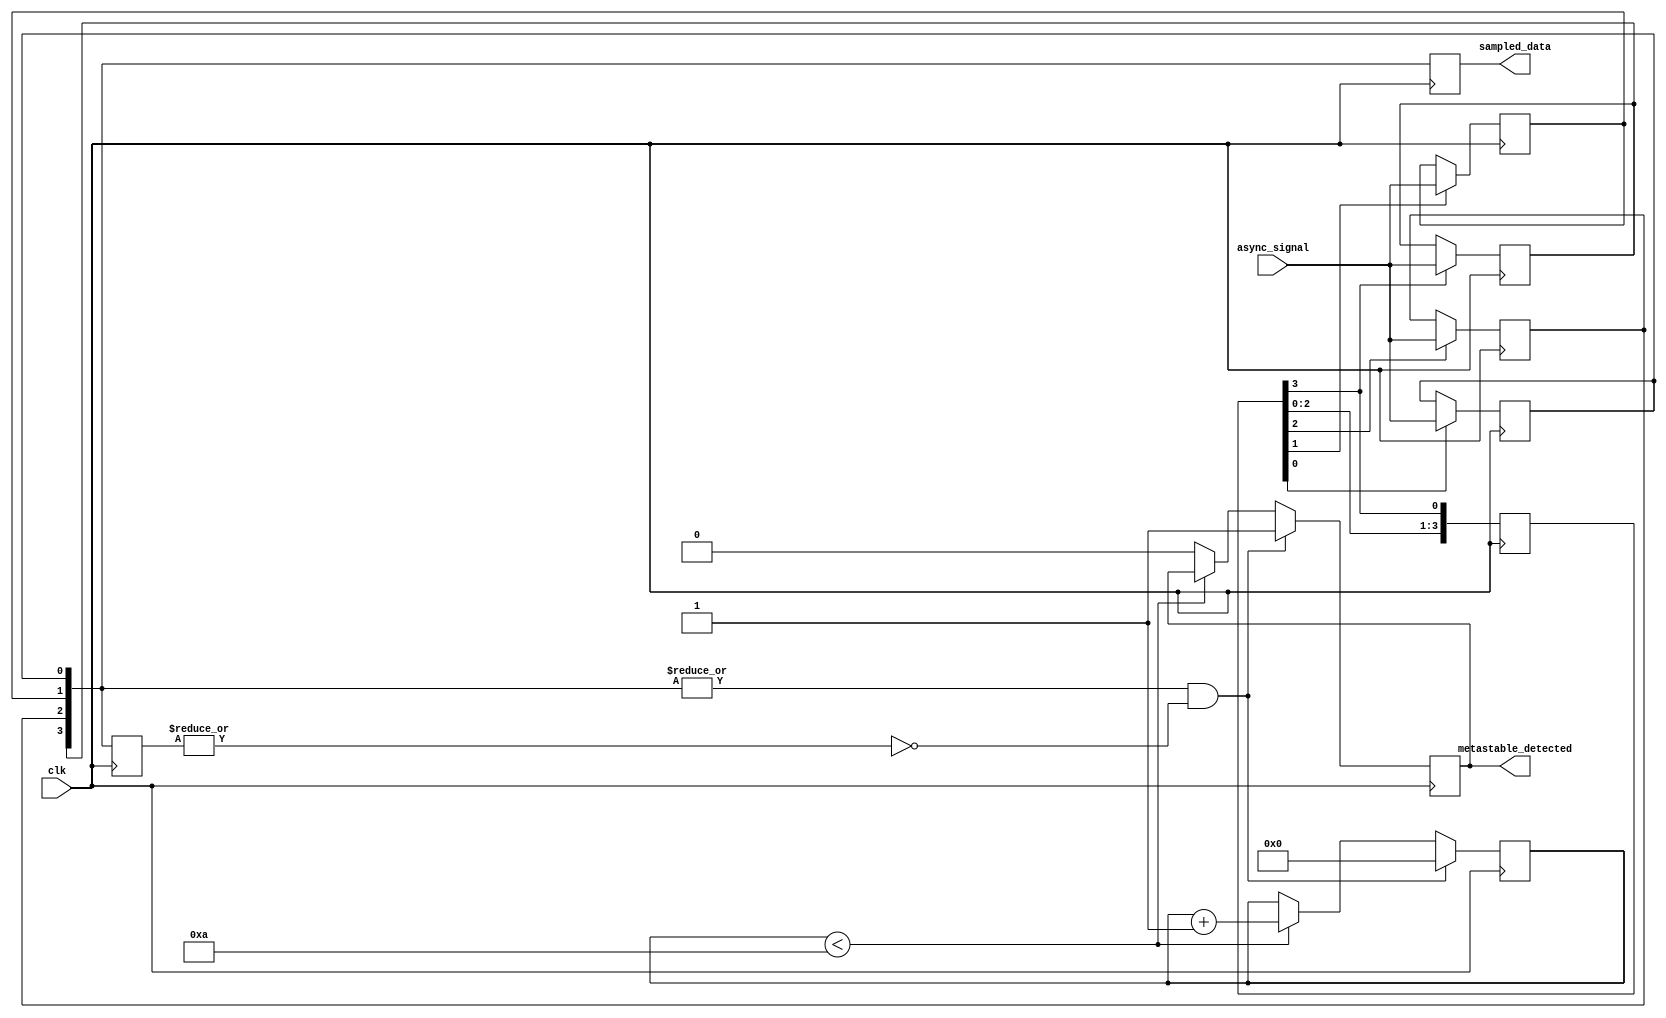
module metastability_detector #(
    parameter NUM_SAMPLES = 4, // Number of sampling flip-flops
    parameter TIMEOUT = 10 // Time in clock cycles for timeout detection
)(
    input wire clk,             // Clock signal
    input wire async_signal,    // Asynchronous input signal to be monitored
    output reg metastable_detected, // Output signal for metastability detection
    output reg [NUM_SAMPLES-1:0] sampled_data // Debugging: Store sampled values
);

// Internal signals
reg [NUM_SAMPLES-1:0] flip_flops;
reg [NUM_SAMPLES-1:0] flip_flops_prev;
reg [NUM_SAMPLES-1:0] random_select;
reg [3:0] timeout_counter;

// Generate random select signal (simple round-robin for demonstration)
always @(posedge clk) begin
    random_select <= {random_select[NUM_SAMPLES-2:0], random_select[NUM_SAMPLES-1]};
end

// Flip-flop array for sampling the asynchronous signal
genvar i;
generate
    for (i = 0; i < NUM_SAMPLES; i = i + 1) begin: sampling_ff
        always @(posedge clk) begin
            if (random_select[i]) begin
                flip_flops[i] <= async_signal;
            end
        end
    end
endgenerate

// Detect metastability
always @(posedge clk) begin
    sampled_data <= flip_flops; // Store sampled values for debugging
    if (|flip_flops & ~|flip_flops_prev) begin
        // If there is a change in the sampled data
        metastable_detected <= 1'b1;
        timeout_counter <= 0; // Reset timeout counter
    end else if (timeout_counter < TIMEOUT) begin
        timeout_counter <= timeout_counter + 1; // Increment timeout counter
    end else begin
        metastable_detected <= 1'b0; // Reset metastable detected flag after timeout
    end
    flip_flops_prev <= flip_flops; // Update previous sampled data
end

endmodule